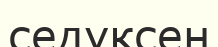
седуксен